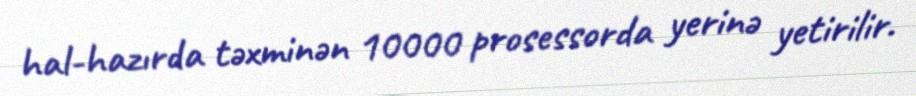
hal-hazırda təxminən 10000 prosessorda yerinə yetirilir.